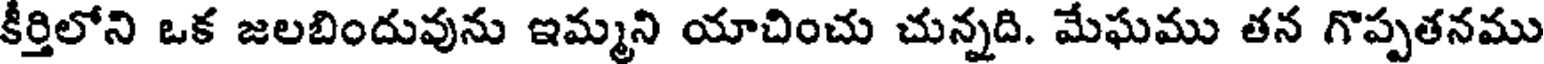
కీర్తిలోని ఒక జలబిందువును ఇమ్మని యాచించు చున్నది. మేఘము తన గొప్పతనము